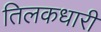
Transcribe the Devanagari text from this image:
तिलकधारी